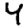
Digit: 4